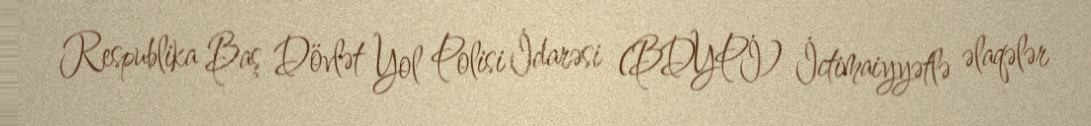
Respublika Baş Dövlət Yol Polisi İdarəsi (BDYPİ) İctimaiyyətlə əlaqələr